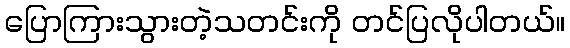
ပြောကြားသွားတဲ့သတင်းကို တင်ပြလိုပါတယ်။